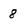
Character: 8